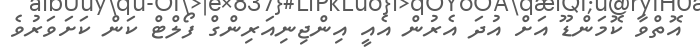
އޮތްވާ ކޮމަންޑޫ އަށް އުދަ އެރުން އެއީ އިންޖިނިއަރިންގް ފޯލްޓް ކަން ކަށަވަރުވެ